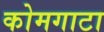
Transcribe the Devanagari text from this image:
कोमगाटा